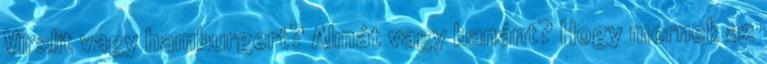
Virslit vagy hamburgert? Almát vagy banánt? Hogy mernek az